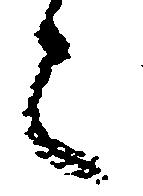
之